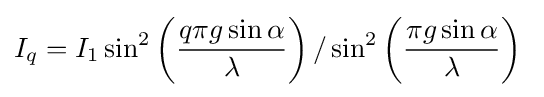
I_{q}=I_{1}\sin ^{2}\left({\frac {q\pi g\sin \alpha }{\lambda }}\right)/\sin ^{2}\left({\frac {\pi g\sin \alpha }{\lambda }}\right)\